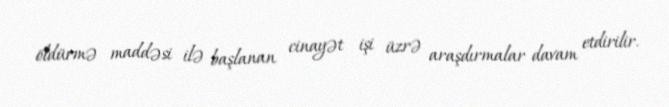
öldürmə maddəsi ilə başlanan cinayət işi üzrə araşdırmalar davam etdirilir.